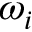
\omega _ { i }